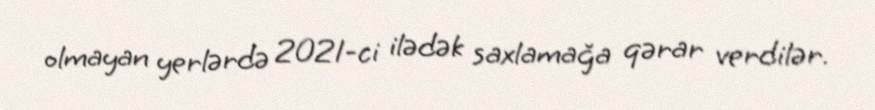
olmayan yerlərdə 2021-ci ilədək saxlamağa qərar verdilər.